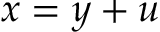
x = y + u